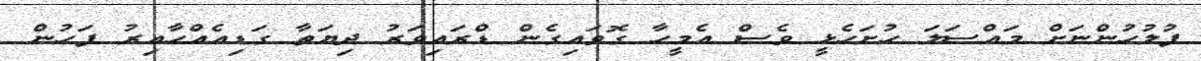
ފުލުހުންނަށް މައްސަލަ ހުށަހެޅީ ވެސް އެމީހާ ގޮވައިގެން ޑްރައިވަރު ދިޔަތާ ގަޑިއެއްހާއިރު ފަހުން